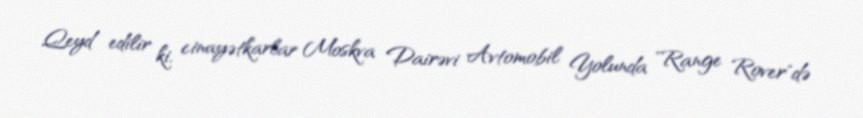
Qeyd edilir ki, cinayətkarlar Moskva Dairəvi Avtomobil Yolunda "Range Rover"də